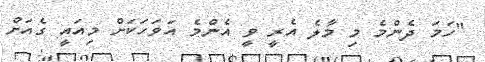
"ހަމަ ދެންމެ މި މާލެ އެރީ ވީ އެންމެ އަވަހަކަށް މިއައީ ގެއަށް